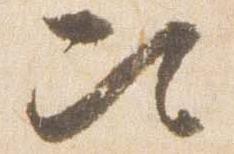
次